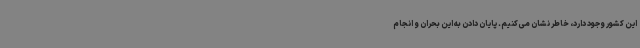
این کشور وجود دارد، خاطر نشان می‌کنیم. پایان دادن به این بحران و انجام